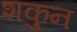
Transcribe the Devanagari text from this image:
शकुुन